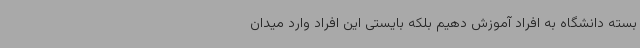
بسته دانشگاه به افراد آموزش دهیم بلکه بایستی این افراد وارد میدان